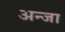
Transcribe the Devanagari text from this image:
अन्जा